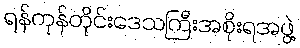
ရန်ကုန်တိုင်းဒေသကြီးအစိုးရအဖွဲ့